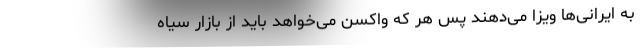
به ایرانی‌ها ویزا می‌دهند پس هر که واکسن می‌خواهد باید از بازار سیاه